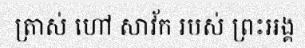
ត្រាស់ ហៅ សាវ័ក របស់ ព្រះឣង្គ